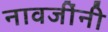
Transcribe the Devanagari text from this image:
नावजींनी